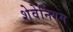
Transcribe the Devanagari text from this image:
शेवेनिंगम